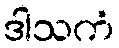
ဒါသကံ